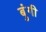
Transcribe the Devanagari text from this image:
बुंगी